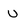
Character: u